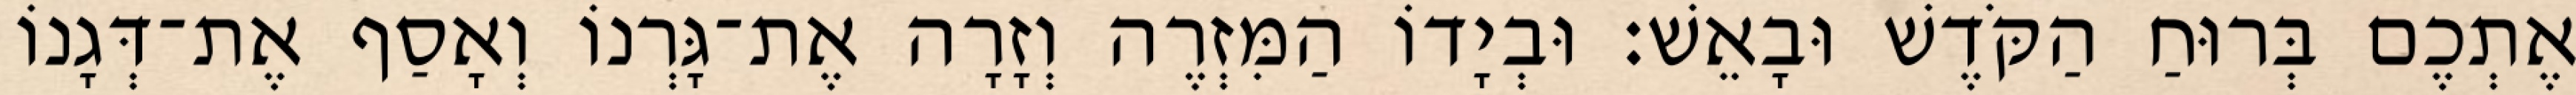
אֶתְכֶם בְּרוּחַ הַקֹּדֶשׁ וּבָאֵשׁ׃ וּבְיָדוֹ הַמִּזְרֶה וְזָרָה אֶת־גָּרְנוֹ וְאָסַף אֶת־דְּגָנוֹ